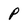
Character: P